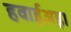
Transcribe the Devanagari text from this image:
हवाईअड़ा